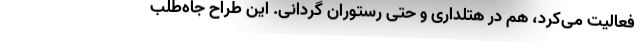
فعالیت می‌کرد، هم در هتلداری و حتی رستوران گردانی. این طراح جاه‌طلب